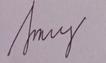
Signature authenticity: genuine